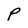
Character: P